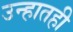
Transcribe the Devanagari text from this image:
उन्हातही